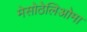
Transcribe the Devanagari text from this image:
मेसोठेलिओमा